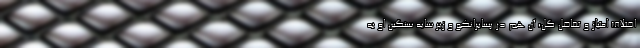
اختلاف امتیاز و تفاضل گل؛ آن هم در پسابرانکو و زیر سایه سنگین او به